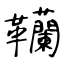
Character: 韊